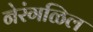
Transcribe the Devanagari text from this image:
नेरंगळिल